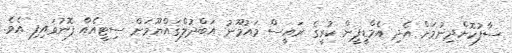
ސާފުކޮށްދިނުމަށް އެދި އެމްޑީޕީން ކުރީގެ ރައީސް މައުމޫނު އަބްދުލްގައްޔޫމަށް ސިޓީއެއް ފޮނުވައިފި އެވެ.